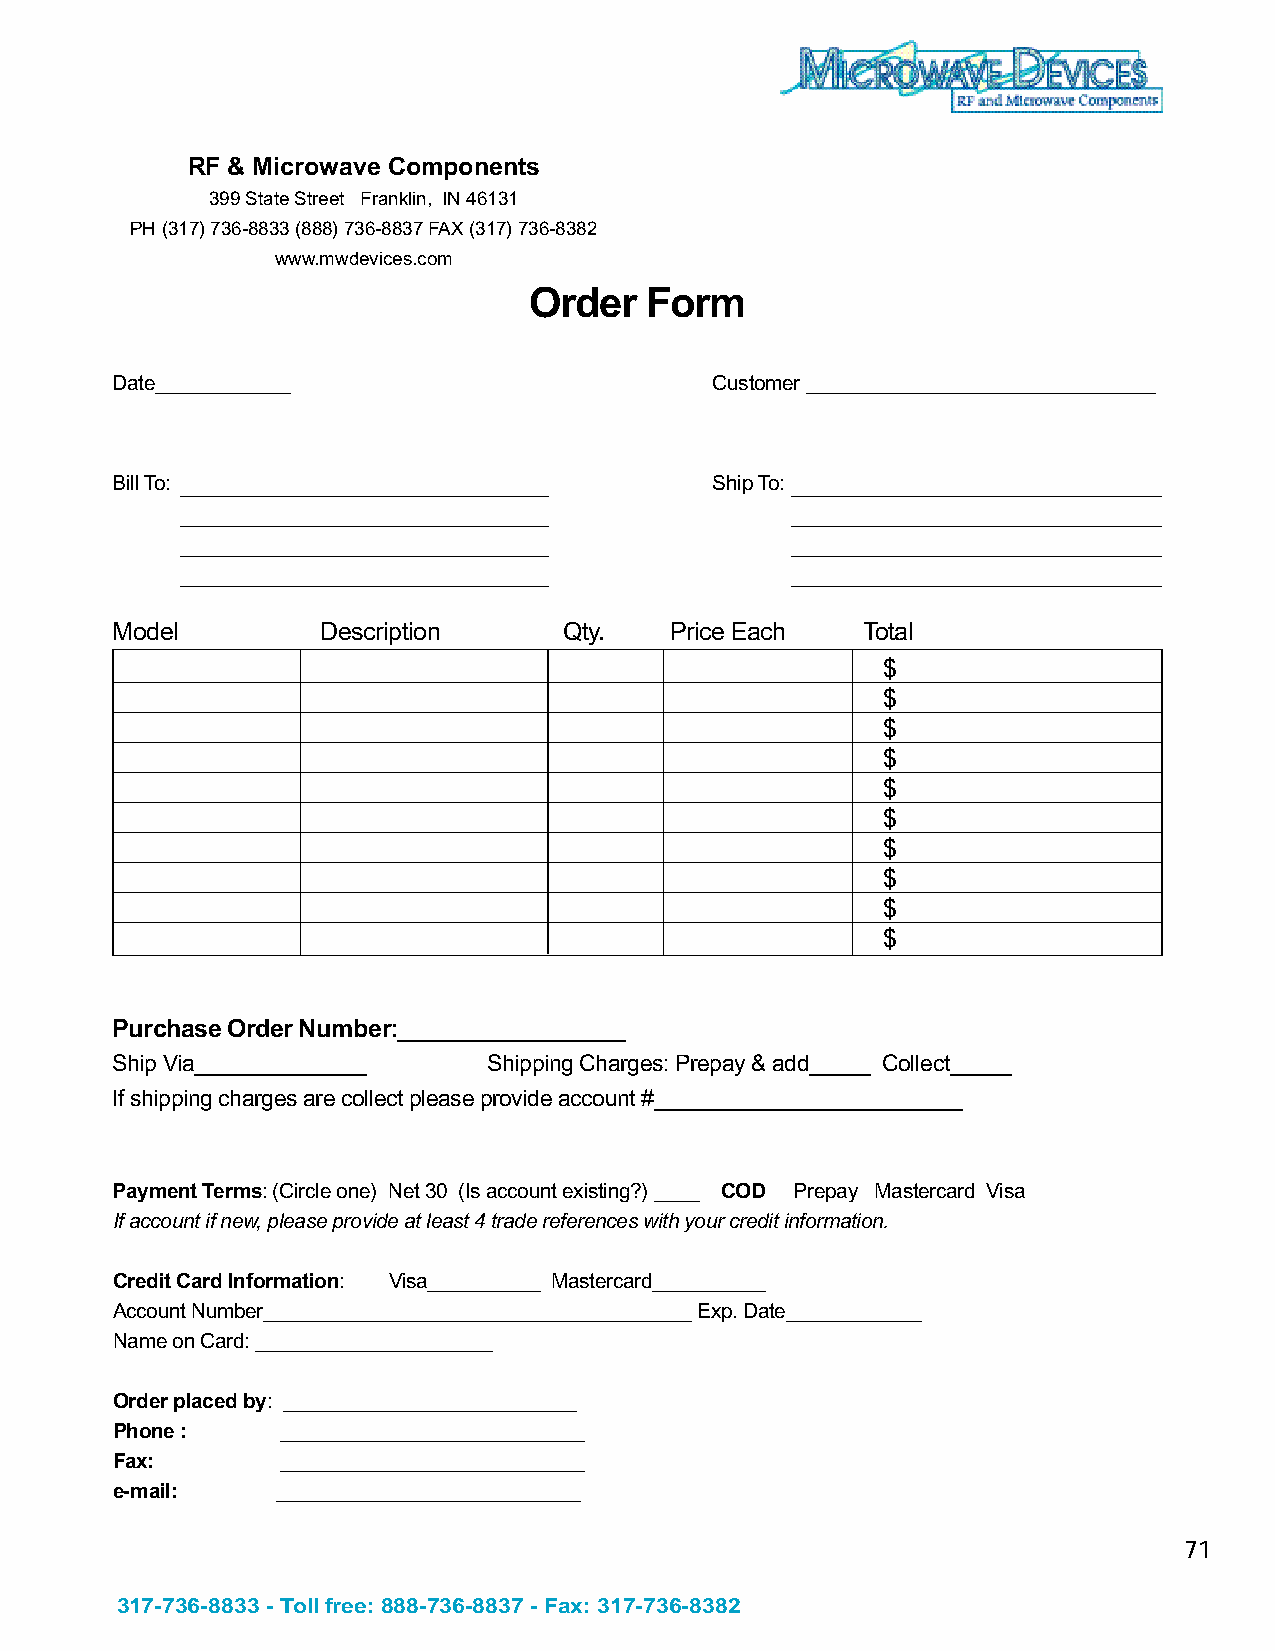
RF & Microwave Components
 399 State Street Franklin, IN 46131
 PH (317) 736-8833 (888) 736-8837 FAX (317) 736-8382
 www.mwdevices.com
 Order   Form
 Date____________                        Customer _______________________________
 Bill To:                                Ship To:
 Model         Description     Qty.   Price Each   Total
 $
 $
 $
 $
 $
 $
 $
 $
 $
 $
 Purchase Order Number:_________________
 Ship Via______________   Shipping Charges: Prepay & add_____ Collect_____
 If shipping charges are collect please provide account #_________________________
 Payment Terms: (Circle one) Net 30 (Is account existing?) ____ COD Prepay Mastercard Visa
 If account if new, please provide at least 4 trade references with your credit information.
 Credit Card Information: Visa__________ Mastercard__________
 Account Number______________________________________ Exp. Date____________
 Name on Card: _____________________
 Order placed by: __________________________
 Phone :     ___________________________
 Fax:        ___________________________
 e-mail:    ___________________________
 71
 317-736-8833 - Toll free: 888-736-8837 - Fax: 317-736-8382